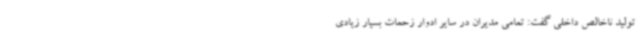
تولید ناخالص داخلی گفت: تمامی مدیران در سایر ادوار زحمات بسیار زیادی